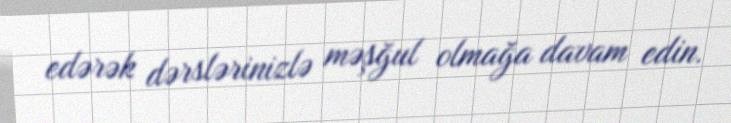
edərək dərslərinizlə məşğul olmağa davam edin.